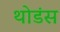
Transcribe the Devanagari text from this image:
थोडंस